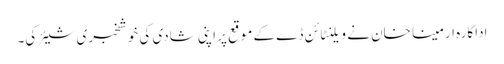
اداکارہ ارمینا خان نے ویلنٹائن ڈے کے موقع پر اپنی شادی کی خوشخبری شیئر کی۔